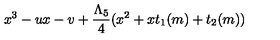
x ^ { 3 } - u x - v + { \frac { \Lambda _ { 5 } } { 4 } } ( x ^ { 2 } + x t _ { 1 } ( m ) + t _ { 2 } ( m ) )